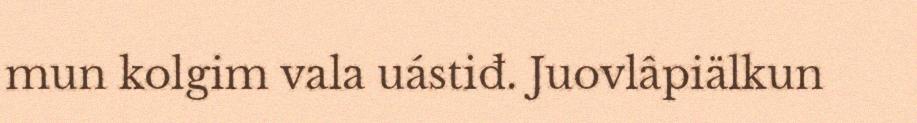
mun kolgim vala uástiđ. Juovlâpiälkun